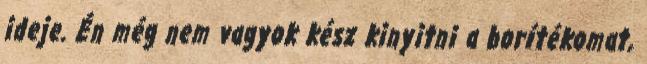
ideje. Én még nem vagyok kész kinyitni a borítékomat,